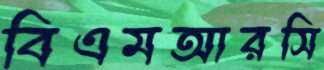
বিএমআরসি